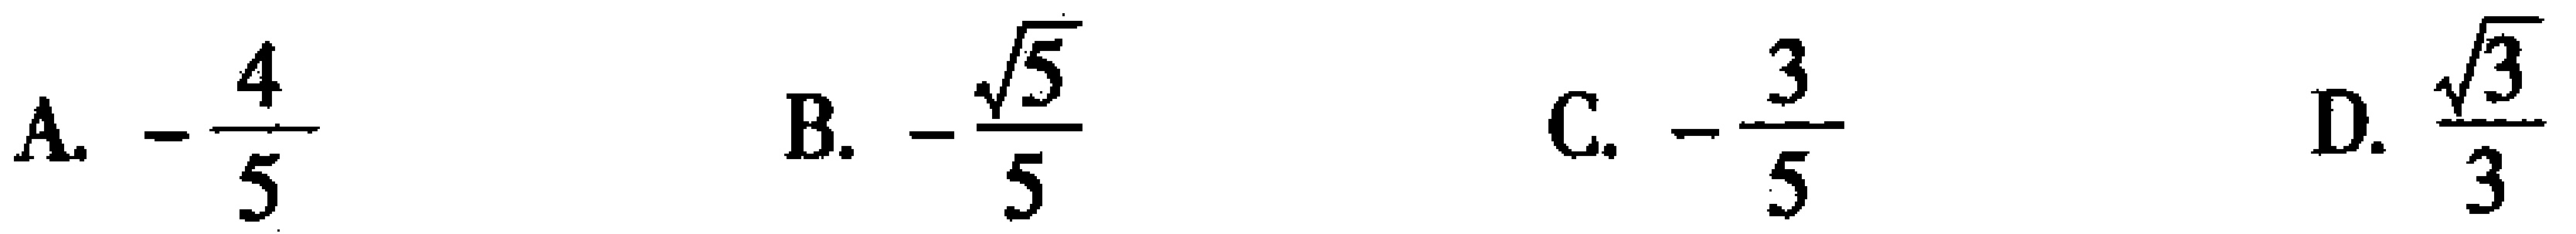
A. \(-\frac{4}{5}\)  B. \(-\frac{\sqrt{5}}{5}\)  C. \(-\frac{3}{5}\)  D. \(\frac{\sqrt{3}}{3}\)